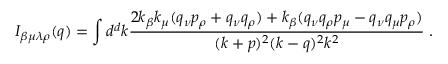
I _ { \beta \mu \lambda \rho } ( q ) = \int d ^ { d } k \frac { 2 k _ { \beta } k _ { \mu } ( q _ { \nu } p _ { \rho } + q _ { \nu } q _ { \rho } ) + k _ { \beta } ( q _ { \nu } q _ { \rho } p _ { \mu } - q _ { \nu } q _ { \mu } p _ { \rho } ) } { ( k + p ) ^ { 2 } ( k - q ) ^ { 2 } k ^ { 2 } } \; .